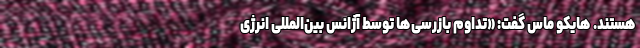
هستند. هایکو ماس گفت: «تداوم بازرسی‌ها توسط آژانس بین‌المللی انرژی